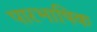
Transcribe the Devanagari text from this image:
पारभाषिक